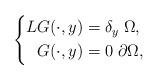
LaTeX: \begin{align*}\left\{\begin{aligned}L G(\cdot,y) &=\delta_y \;\Omega,\\G(\cdot,y)&= 0 \;\partial\Omega,\end{aligned}\right.\end{align*}